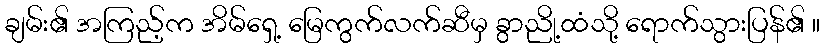
ချမ်း၏ အကြည့်က အိမ်ရှေ့ မြေကွက်လက်ဆီမှ ခွာညို့ထံသို့ ရောက်သွားပြန်၏ ။